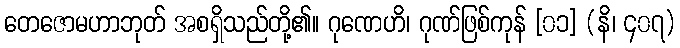
တေဇောမဟာဘုတ် အစရှိသည်တို့၏။ ဂုဏေဟိ၊ ဂုဏ်ဖြစ်ကုန် [၀၁] (နိ၊ ၄၀၇)